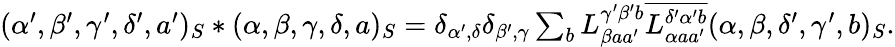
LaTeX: \begin{array}{r}{(\alpha^{\prime},\beta^{\prime},\gamma^{\prime},\delta^{\prime},a^{\prime})_{S}\ast(\alpha,\beta,\gamma,\delta,a)_{S}=\delta_{\alpha^{\prime},\delta}\delta_{\beta^{\prime},\gamma}\sum_{b}L_{\beta aa^{\prime}}^{\gamma^{\prime}\beta^{\prime}b}\overline{{L_{\alpha aa^{\prime}}^{\delta^{\prime}\alpha^{\prime}b}}}(\alpha,\beta,\delta^{\prime},\gamma^{\prime},b)_{S}.}\end{array}